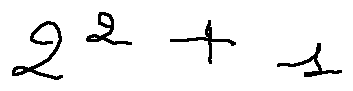
2 ^ { 2 } + 1